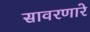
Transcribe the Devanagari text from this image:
सावरणारे